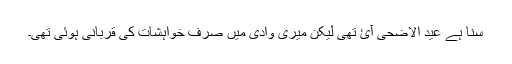
سنا ہے عید الاضحی آئ تھی لیکن میری وادی میں صرف خواہشات کی قربانی ہوئی تھی۔